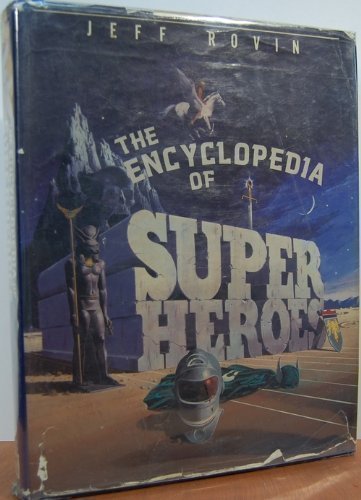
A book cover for The Encyclopedia of Superheroes; Jeff Rovin; Humor & Entertainment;